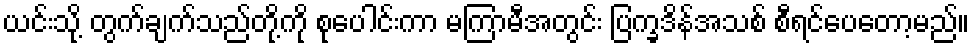
ယင်းသို့ တွက်ချက်သည်တို့ကို စုပေါင်းကာ မကြာမီအတွင်း ပြက္ခဒိန်အသစ် စီရင်ပေတော့မည်။